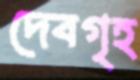
দেবগৃহ